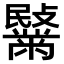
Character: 𪓍